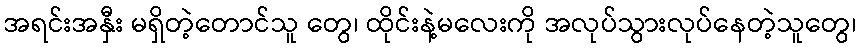
အရင်းအနှီး မရှိတဲ့တောင်သူ တွေ၊ ထိုင်းနဲ့မလေးကို အလုပ်သွားလုပ်နေတဲ့သူတွေ၊